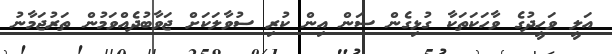
އަލީ ވަހީދުގެ ވާހަކަތަކާ ގުޅިގެން ސަން އިން ކުރި ސުވާލަކަށް ޖަވާބުދެއްވަމުން ތަރުޖަމާނު